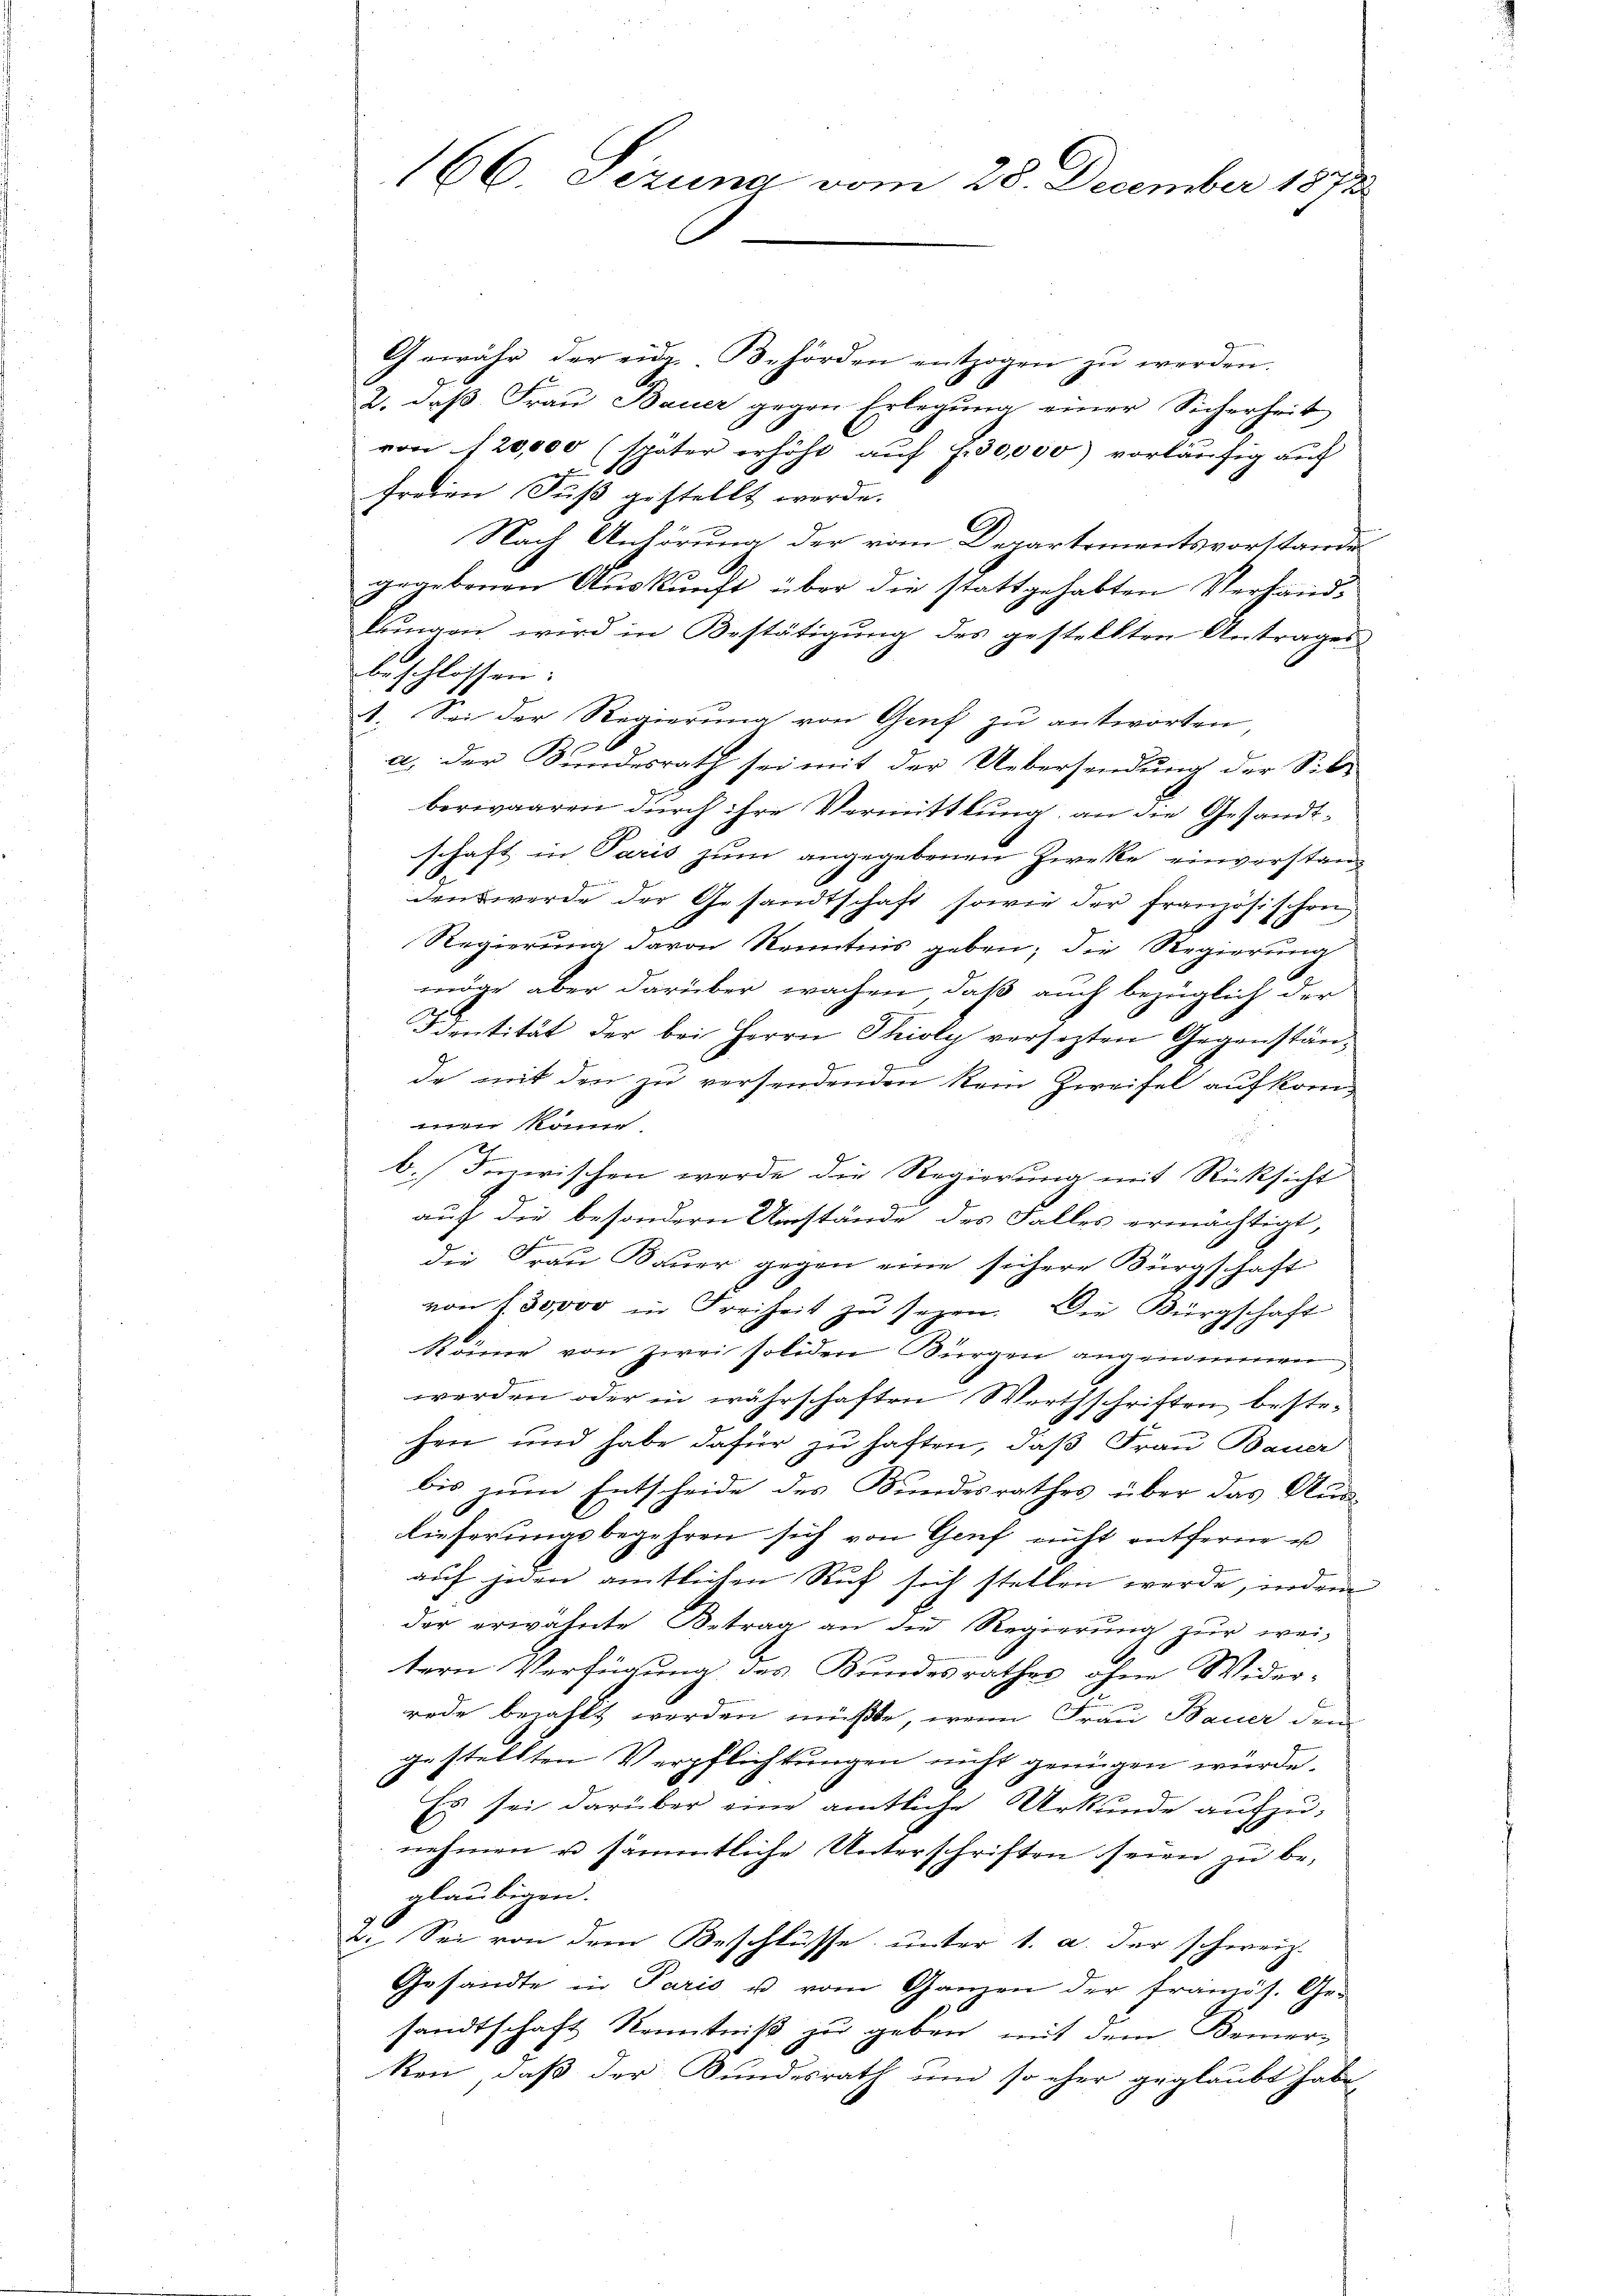
166 sizung vom 28. December 1872

Gewähr der eid. Behörden entzogen zŭ werden.
2. daß Frau Bauer gegen Erlegung einer Sicherheit
von 20,000 (später erhöht aŭf f. 30,000) vorläŭfig auf
2
freien Fuß gestellt werde.
Nach Anhörung der vom Departementsvorstande
 x
gegebenen Auskunft über die stattgehabten Verhandlŭngen wird in Bestätigŭng des gestellten Antrages
beschlossen:
1. Sei der Regierung von Genf zu antworten
a. der Bundesrath sei mit der Uebersendung der Silberwaaren durch ihre Vermittlung, an die Gesandtschaft in Paris zum angegebenen Zwecke einverstanz
denswerde der Gesandtschaft sowie der französischen
Regierung davon Kenntnis geben; die Regierung
möge aber darüber wachen, daß auch bezüglich der
Identität der bei Herrn Thioly versetzten Gegenstände mit den zu versendenden kein Zweifel aufkome könne
b. Ionischen werde die Regierung mit Rücksicht
auf die besondern Umstände des Falles ermächtigt,
f
die Frau Bauer gegen eine sichere Bürgschaft
von 130,000 in Freiheit zu sezen. Die Bürgschaft
Rönne von zwei soliden Bürgen angenommen
werden oder in währschaften Werthschriften bestehen und habe dafür zu haften, daß Frau Bauer
bis zum Entscheide des Bundesrathes über das Aus-
lieferungsbegehren sich von Genf nicht entferne u
auf jeden amtlichen Ruf sich stellen werde, indem
der erwähnte Betrag an die Regierŭng zŭr wei-
tern Verfügung des Bundesrathes ohne Wider-
rede bezahlt werden müßte, wenn Frau Bauer dem
gestellten Verpflichtungen nicht genügen würde.
Es sei darüber eine amtliche Urkunde aufzunehmen u sämmtliche Unterschriften seien zu beglaubigen.
2. Sei von dem Beschlüsse, unter 1. a. der schweiz.
Gesandte in Paris u vom Ganzen der französ. Ge-
sandtschaft Kenntniß zu geben, mit dem Bemer-
ken, daß der Bundesrath und so eher geglaubt habe